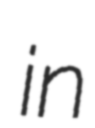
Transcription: in